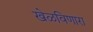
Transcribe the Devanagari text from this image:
खेळविणारा